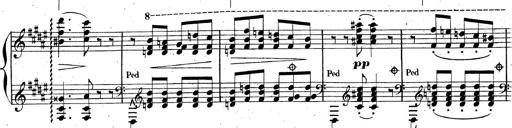
Title: AnnÃ©es de pÃ¨lerinage II, SupplÃ©ment
Composer: Franz Liszt